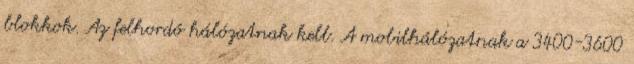
blokkok. Az felhordó hálózatnak kell. A mobilhálózatnak a 3400-3600